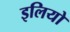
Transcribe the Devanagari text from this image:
इलियो